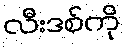
လီးဒစ်ကို